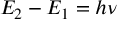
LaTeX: E _ { 2 } - E _ { 1 } = h \nu